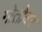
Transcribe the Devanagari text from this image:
गोतोवर